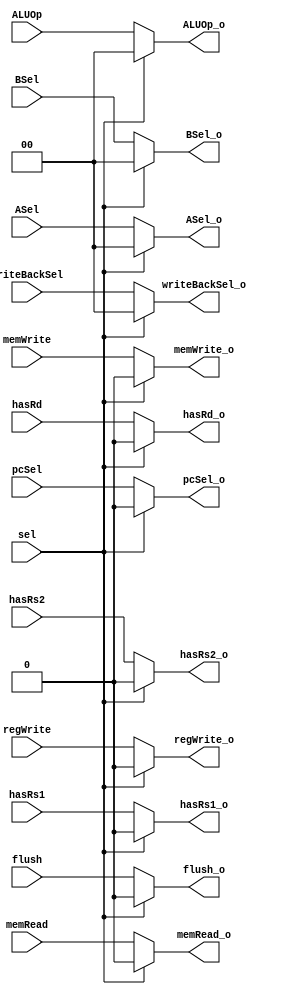
module CtlMux(
    input sel,

    input flush,
    input memRead,
    input memWrite,
    input [1:0] ASel,
    input [1:0] BSel,
    input pcSel,
    input [1:0] ALUOp,
    input regWrite,
    input [1:0] writeBackSel,
    input hasRs1,
    input hasRs2,
    input hasRd,

    output reg flush_o,
    output reg memRead_o,
    output reg memWrite_o,
    output reg [1:0] ASel_o,
    output reg [1:0] BSel_o,
    output reg pcSel_o,
    output reg [1:0] ALUOp_o,
    output reg regWrite_o,
    output reg [1:0] writeBackSel_o,
    output reg hasRs1_o,
    output reg hasRs2_o,
    output reg hasRd_o
);

assign flush_o = sel ? 1'b0 : flush;
assign memRead_o = sel ? 1'b0 : memRead;
assign memWrite_o = sel ? 1'b0 : memWrite;
assign ASel_o = sel ? 2'b00 : ASel;
assign BSel_o = sel ? 2'b00 : BSel;
assign pcSel_o = sel ? 1'b0 : pcSel;
assign ALUOp_o = sel ? 2'b00 : ALUOp;
assign regWrite_o = sel ? 1'b0 : regWrite;
assign writeBackSel_o = sel ? 2'b00 : writeBackSel;
assign hasRs1_o = sel ? 1'b0 : hasRs1;
assign hasRs2_o = sel ? 1'b0 : hasRs2;
assign hasRd_o = sel ? 1'b0 : hasRd;

endmodule